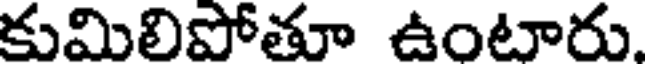
కుమిలిపోతూ ఉంటారు.